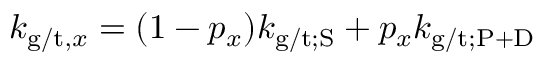
k _ { \mathrm { g / t } , x } = ( 1 - p _ { x } ) k _ { \mathrm { g / t ; S } } + p _ { x } k _ { \mathrm { g / t ; P + D } }